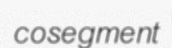
cosegment